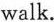
walk